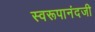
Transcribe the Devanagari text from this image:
स्वरूपानंदजी